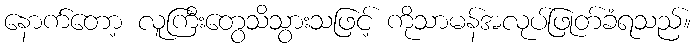
နောက်တော့ လူကြီးတွေသိသွားသဖြင့် ကိုသာမန်အလုပ်ဖြုတ်ခံရသည်။